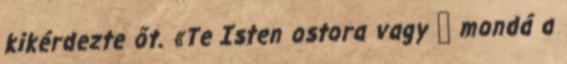
kikérdezte őt. «Te Isten ostora vagy  mondá a